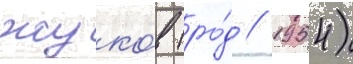
жуко́в (ро́д // 1954)